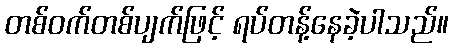
တစ်ဝက်တစ်ပျက်ဖြင့် ရပ်တန့်နေခဲ့ပါသည်။